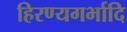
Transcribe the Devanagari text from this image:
हिरण्यगर्भादि